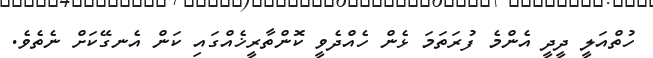
ހުތްއަލީ ދީދީ އެންމެ ފުރަތަމަ ޅެން ހެއްދެވީ ކޮންތާރީޚެއްގައި ކަން އެނގޭކަށް ނެތެވެ.